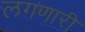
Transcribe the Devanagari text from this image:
लगणारी